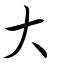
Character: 大